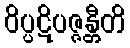
ဝိပ္ပဋိပဇ္ဇန္တီတိ